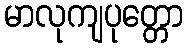
မာလုကျပုတ္တော